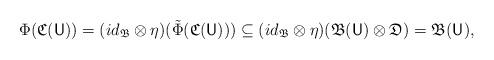
LaTeX: \begin{align*}\Phi(\mathfrak C(\mathsf U)) = (id_\mathfrak{B} \otimes \eta)(\tilde \Phi(\mathfrak C(\mathsf U))) \subseteq (id_\mathfrak{B} \otimes \eta)(\mathfrak B(\mathsf U) \otimes \mathfrak D) = \mathfrak B(\mathsf U),\end{align*}